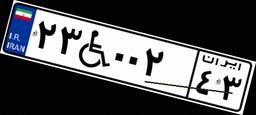
۲۳W۰۰۲۴۳